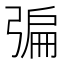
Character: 𢐃